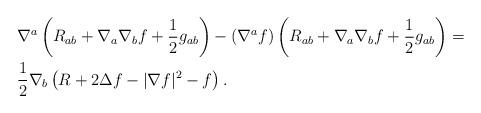
LaTeX: \begin{align*} & \nabla^a\left( R_{ab} + \nabla_a\nabla_b f +\frac{1}{2}g_{ab} \right) - (\nabla^a f)\left(R_{ab} + \nabla_a\nabla_b f + \frac{1}{2}g_{ab}\right) = \\& \frac{1}{2}\nabla_{b}\left( R + 2\Delta f - |\nabla f|^2 - f \right). \end{align*}